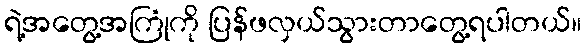
ရဲ့အတွေ့အကြုံကို ပြန်ဖလှယ်သွားတာတွေ့ရပါတယ်။